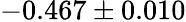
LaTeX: -0.467\pm 0.010